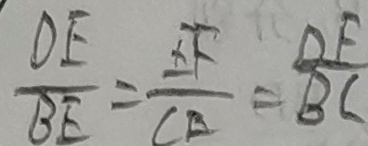
\frac { D E } { B E } = \frac { E F } { C A } = \frac { D F } { B C }